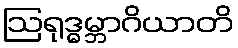
ဩရုဒ္ဓမ္ဘာဂိယာတိ